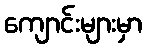
ကျောင်းများမှာ